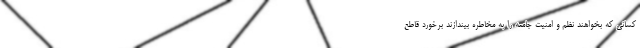
کسانی که بخواهند نظم و امنیت جامعه را به مخاطره بیندازند برخورد قاطع